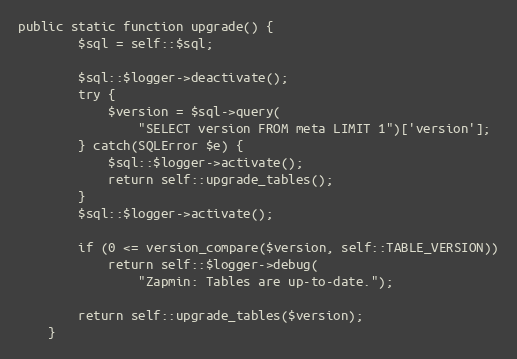
Language: PHP
public static function upgrade() {
		$sql = self::$sql;

		$sql::$logger->deactivate();
		try {
			$version = $sql->query(
				"SELECT version FROM meta LIMIT 1")['version'];
		} catch(SQLError $e) {
			$sql::$logger->activate();
			return self::upgrade_tables();
		}
		$sql::$logger->activate();

		if (0 <= version_compare($version, self::TABLE_VERSION))
			return self::$logger->debug(
				"Zapmin: Tables are up-to-date.");

		return self::upgrade_tables($version);
	}